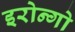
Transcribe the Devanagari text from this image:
इरोन्गो